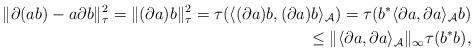
LaTeX: \begin{align*}\|{\partial}(ab)-a{\partial} b\|_\tau^2=\|({\partial} a)b\|_\tau^2=\tau(\langle({\partial} a)b, ({\partial}a)b\rangle_{\mathcal A})=\tau(b^*\langle{\partial} a, {\partial} a\rangle_{\mathcal A} b)\\\phantom{\|{\partial}(ab)-a{\partial} b\|_\tau^2} \leq \|\langle{\partial} a, {\partial} a\rangle_{\mathcal A}\|_\infty \tau(b^*b),\end{align*}